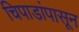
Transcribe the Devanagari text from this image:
चिपाडांपासून